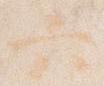
六